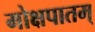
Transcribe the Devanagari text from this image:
मोक्षपातम्